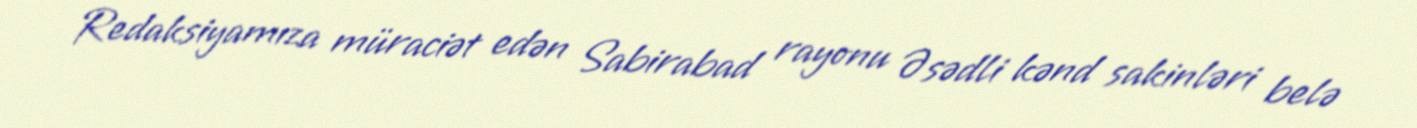
Redaksiyamıza müraciət edən Sabirabad rayonu Əsədli kənd sakinləri belə